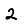
Digit: 2